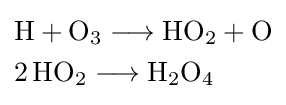
{\begin{aligned}&{\mathrm {H} {}+{}\mathrm {O} {\vphantom {A}}_{\smash[{t}]{3}}{}\mathrel {\longrightarrow } {}\mathrm {HO} {\vphantom {A}}_{\smash[{t}]{2}}{}+{}\mathrm {O} }\\&{2\,\mathrm {HO} {\vphantom {A}}_{\smash[{t}]{2}}{}\mathrel {\longrightarrow } {}\mathrm {H} {\vphantom {A}}_{\smash[{t}]{2}}\mathrm {O} {\vphantom {A}}_{\smash[{t}]{4}}}\end{aligned}}